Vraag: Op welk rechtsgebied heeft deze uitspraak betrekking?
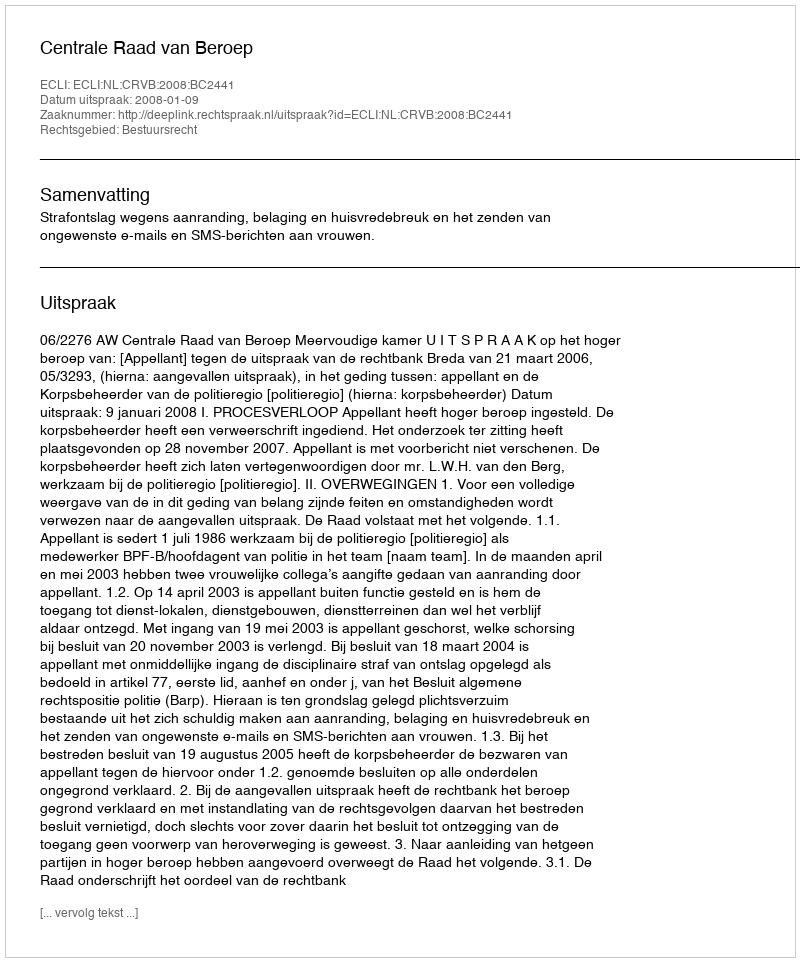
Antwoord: Bestuursrecht